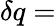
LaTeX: \delta q=